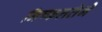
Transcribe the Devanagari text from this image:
निष्फलतेने